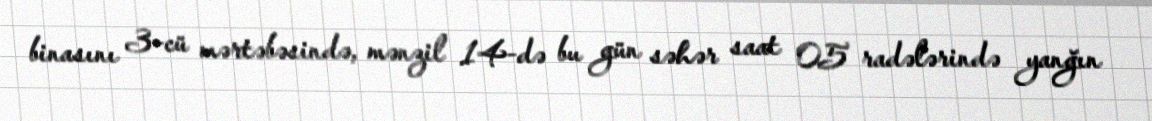
binasını 3-cü mərtəbəsində, mənzil 14-də bu gün səhər saat 05 radələrində yanğın